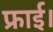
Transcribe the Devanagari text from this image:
फ्राई।